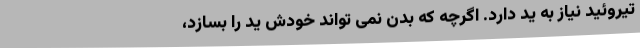
تیروئید نیاز به ید دارد. اگرچه که بدن نمی تواند خودش ید را بسازد،